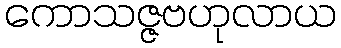
ကောသဇ္ဇဗဟုလာယ